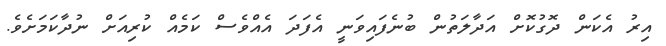
އިރު އެކަން ދޮގުކޮށް އަދާލަތުން ބުނެފައިވަނީ އެފަދަ އެއްވެސް ކަމެއް ކުރިއަށް ނުދާކަމަށެވެ.